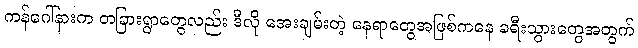
ကန်ဂေါ်နားက တခြားရွာတွေလည်း ဒီလို အေးချမ်းတဲ့ နေရာတွေအဖြစ်ကနေ ခရီးသွားတွေအတွက်